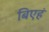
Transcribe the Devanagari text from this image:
बिएहं